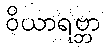
ဝိယာရဗ္ဘာ